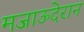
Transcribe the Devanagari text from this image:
मजाऊदेरान